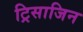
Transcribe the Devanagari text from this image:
ट्रिसाजिन